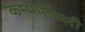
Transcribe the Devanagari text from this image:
कम्फर्टेब्ली